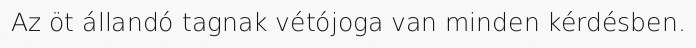
Az öt állandó tagnak vétójoga van minden kérdésben.